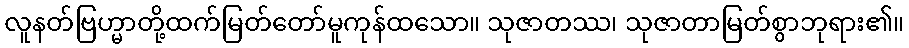
လူနတ်ဗြဟ္မာတို့ထက်မြတ်တော်မူကုန်ထသော။ သုဇာတဿ၊ သုဇာတာမြတ်စွာဘုရား၏။